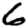
Digit: 6